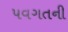
પવગતની